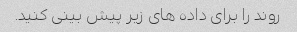
روند را برای داده های زیر پیش بینی کنید.